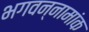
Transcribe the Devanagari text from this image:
भगवन्नामांक